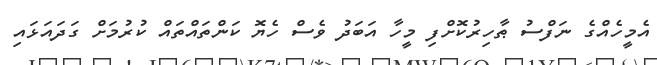
އެމީހެއްގެ ނަފްސު ޠާހިރުކޮށްފި މީހާ އަބަދު ވެސް ހެޔޮ ކަންތައްތައް ކުރުމަށް ގަދައަޅައި